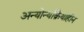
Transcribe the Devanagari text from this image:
अन्योन्यक्रियाहीन